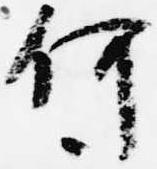
何